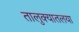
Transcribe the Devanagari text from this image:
तालुक्यातलया